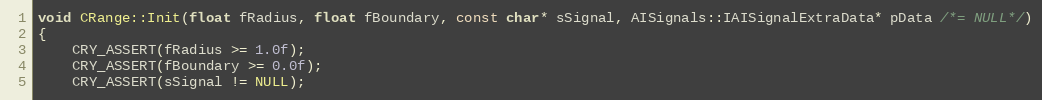
Language: C++
void CRange::Init(float fRadius, float fBoundary, const char* sSignal, AISignals::IAISignalExtraData* pData /*= NULL*/)
{
	CRY_ASSERT(fRadius >= 1.0f);
	CRY_ASSERT(fBoundary >= 0.0f);
	CRY_ASSERT(sSignal != NULL);